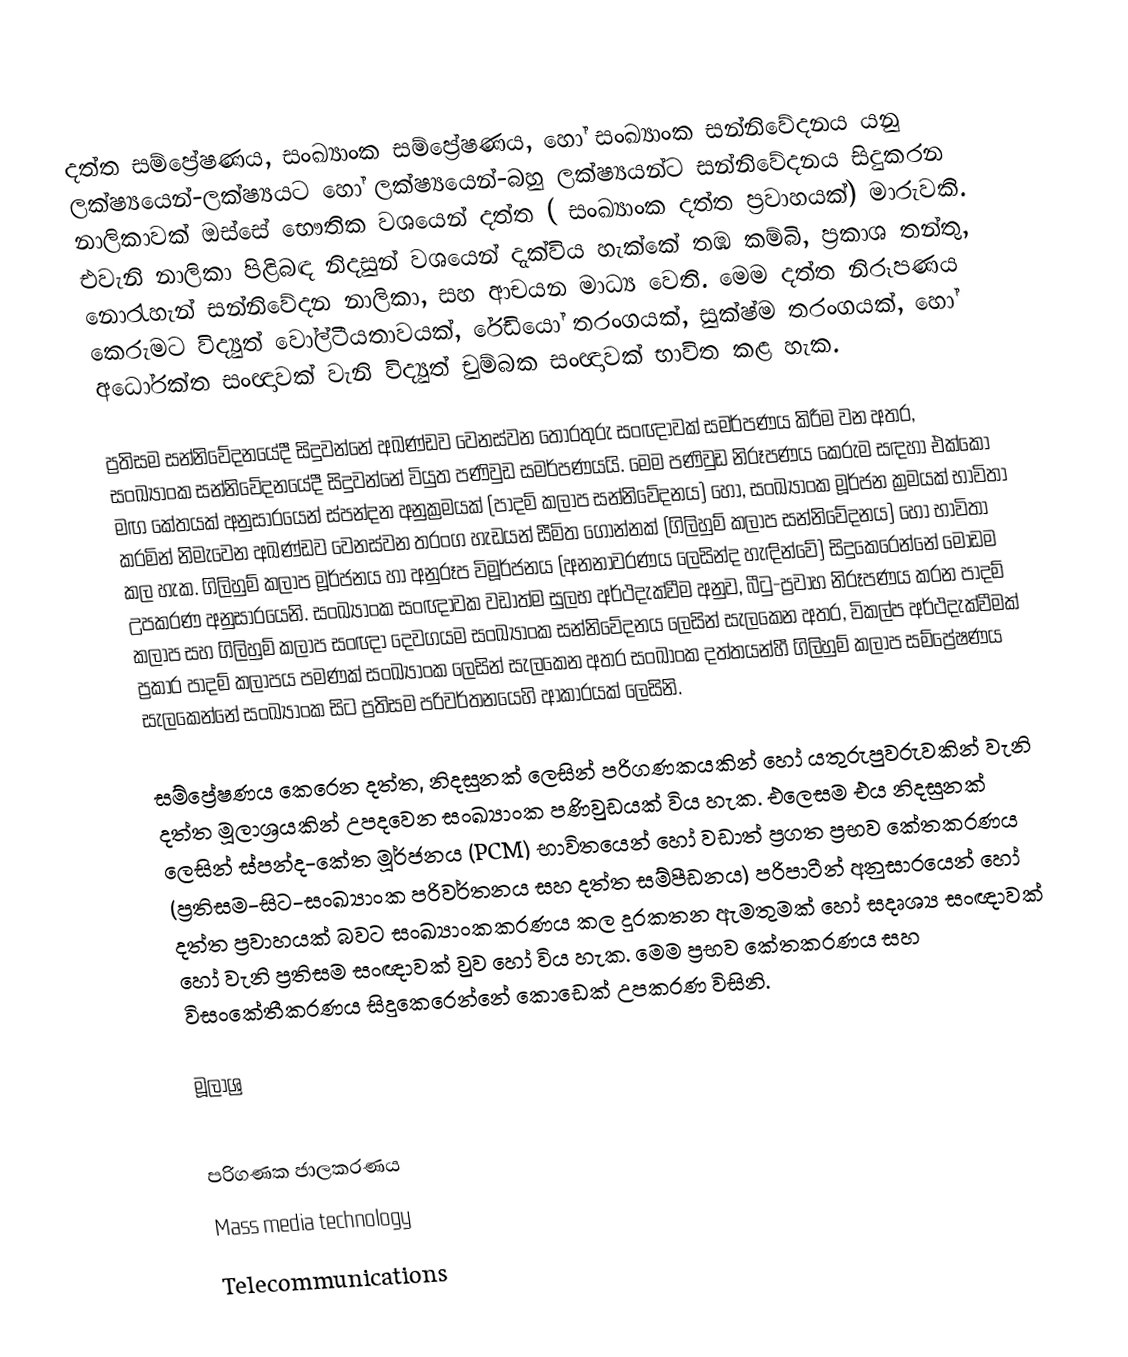
දත්ත සම්ප්‍රේෂණය, සංඛ්‍යාංක සම්ප්‍රේෂණය, හෝ  සංඛ්‍යාංක සන්නිවේදනය යනු ලක්ෂ්‍යයෙන්-ලක්ෂ්‍යයට හෝ ලක්ෂ්‍යයෙන්-බහු ලක්ෂ්‍යයන්ට සන්නිවේදනය සිදුකරන නාලිකාවක් ඔස්සේ භෞතික වශයෙන් දත්ත ( සංඛ්‍යාංක දත්ත ප්‍රවාහයක්) මාරුවකි. එවැනි නාලිකා පිළිබඳ නිදසුන් වශයෙන් දැක්විය හැක්කේ තඹ කම්බි, ප්‍රකාශ තන්තු, නොරැහැන් සන්නිවේදන නාලිකා, සහ ආචයන මාධ්‍ය වෙති. මෙම දත්ත නිරූපණය කෙරුමට විද්‍යුත් වෝල්ටීයතාවයක්, රේඩියෝ තරංගයක්, සුක්ෂ්ම තරංගයක්, හෝ අධෝරක්ත සංඥාවක් වැනි විද්‍යුත් චුම්බක සංඥාවක් භාවිත කළ හැක.

ප්‍රතිසම සන්නිවේදනයේදී සිදුවන්නේ අඛණ්ඩව වෙනස්වන තොරතුරු  සංඥාවක් සමර්පණය කිරීම වන අතර, සංඛ්‍යාංක සන්නිවේදනයේදී සිදුවන්නේ වියුත පණිවුඩ සමර්පණයයි. මෙම පණිවුඩ නිරූපණය කෙරුම සඳහා එක්කෝ  මඟ කේතයක් අනුසාරයෙන් ස්පන්දන අනුක්‍රමයක් (පාදම් කලාප සන්නිවේදනය) හෝ, සංඛ්‍යාංක මූර්ජන ක්‍රමයක් භාවිතා කරමින් නිමැවෙන අඛණ්ඩව වෙනස්වන තරංග හැඩයන් සීමිත ගොන්නක් (ගිලිහුම් කලාප සන්නිවේදනය) හෝ භාවිතා කල හැක. ගිලිහුම් කලාප මූර්ජනය හා අනුරූප විමූර්ජනය (අනනාවරණය ලෙසින්ද හැඳින්වේ) සිදුකෙරෙන්නේ  මෝඩම උපකරණ අනුසාරයෙනි. සංඛ්‍යාංක සංඥාවක වඩාත්ම සුලභ අර්ථදැක්වීම අනුව, බීටු-ප්‍රවාහ නිරූපණය කරන පාදම් කලාප සහ ගිලිහුම් කලාප සංඥා දෙවගයම සංඛ්‍යාංක සන්නිවේදනය ලෙසින් සැලකෙන අතර, විකල්ප අර්ථදැක්වීමක් ප්‍රකාර පාදම් කලාපය පමණක් සංඛ්‍යාංක ලෙසින් සැලකෙන අතර සංඛාංක දත්තයන්හී ගිලිහුම් කලාප සම්ප්‍රේෂණය සැලකෙන්නේ  සංඛ්‍යාංක සිට ප්‍රතිසම පරිවර්තනයෙහි ආකාරයක් ලෙසිනි.

සම්ප්‍රේෂණය කෙරෙන දත්ත,  නිදසුනක් ලෙසින් පරිගණකයකින් හෝ යතුරුපුවරුවකින් වැනි දත්ත මූලාශ්‍රයකින්  උපදවෙන  සංඛ්‍යාංක පණිවුඩයක් විය හැක. එලෙසම එය  නිදසුනක් ලෙසින් ස්පන්ද-කේත මූර්ජනය (PCM) භාවිතයෙන් හෝ  වඩාත් ප්‍රගත ප්‍රභව කේතකරණය (ප්‍රතිසම-සිට-සංඛ්‍යාංක පරිවර්තනය සහ දත්ත සම්පීඩනය) පරිපාටීන් අනුසාරයෙන් හෝ  දත්ත ප්‍රවාහයක් බවට සංඛ්‍යාංකකරණය කල දුරකතන ඇමතුමක් හෝ සදෘශ්‍ය සංඥාවක් හෝ වැනි ප්‍රතිසම සංඥාවක් වුව හෝ විය හැක. මෙම ප්‍රභව කේතකරණය සහ විසංකේතීකරණය සිදුකෙරෙන්නේ කොඩෙක් උපකරණ විසිනි.

මූලාශ්‍ර

පරිගණක ජාලකරණය
Mass media technology
Telecommunications